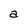
Character: a